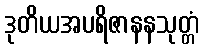
ဒုတိယအပရိဇာနနသုတ္တံ